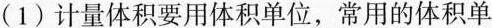
(1)计量体积要用体积单位，常用的体积单